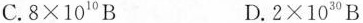
C.$$8 \times 10^{10}B$$ D.$$2 \times 10^{30}B$$